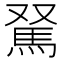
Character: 𩢂